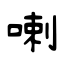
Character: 喇